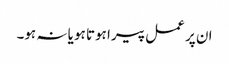
ان پر عمل پیرا ہوتا ہو یا نہ ہو۔